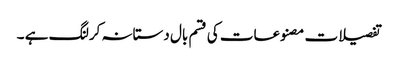
تفصیلات مصنوعات کی قسم بال دستانہ کرلنگ ہے ۔